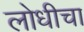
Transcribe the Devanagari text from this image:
लोधीचा